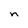
Character: n